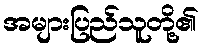
အများပြည်သူတို့၏